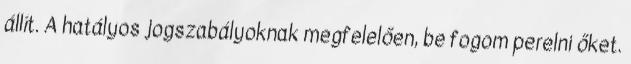
állít. A hatályos jogszabályoknak megfelelően, be fogom perelni őket.